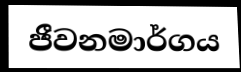
ජීවනමාර්ගය